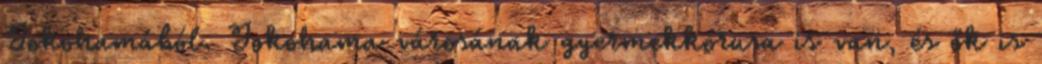
Jokohamából. Jokohama városának gyermekkórusa is van, és ők is